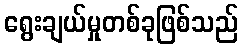
ရွေးချယ်မှုတစ်ခုဖြစ်သည်